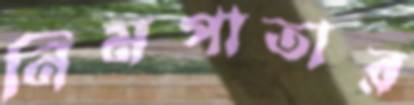
নিমপাতার